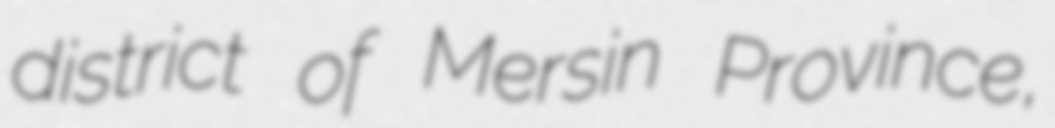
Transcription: district of Mersin Province,